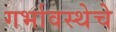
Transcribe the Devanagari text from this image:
गर्भावस्थेचे